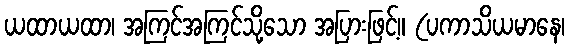
ယထာယထာ၊ အကြင်အကြင်သို့သော အပြားဖြင့်။ (ပကာသိယမာနေ၊